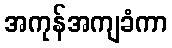
အကုန်အကျခံကာ